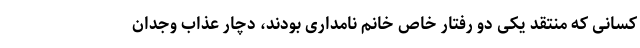
کسانی که منتقد یکی دو رفتار خاص خانم نامداری بودند، دچار عذاب وجدان